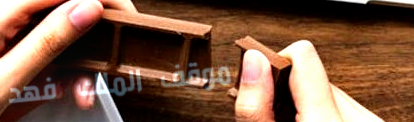
موقف الملك فهد